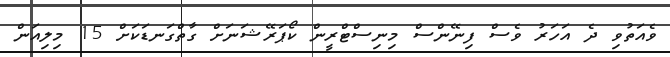
ވެއަތުވި ދެ އަހަރު ވެސް ފިނޭންސް މިނިސްޓްރީން ކޯޕަރޭޝަނަށް ގާތްގަނޑަކަށް 15 މިލިއަން